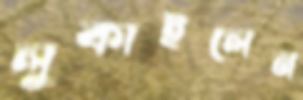
লুকাইলেন